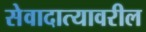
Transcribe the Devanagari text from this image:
सेवादात्यावरील